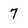
Character: 7